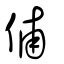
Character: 俌